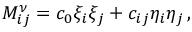
M _ { i j } ^ { \nu } = c _ { 0 } \xi _ { i } \xi _ { j } + c _ { i j } \eta _ { i } \eta _ { j } \, ,